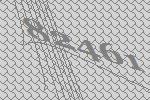
82461